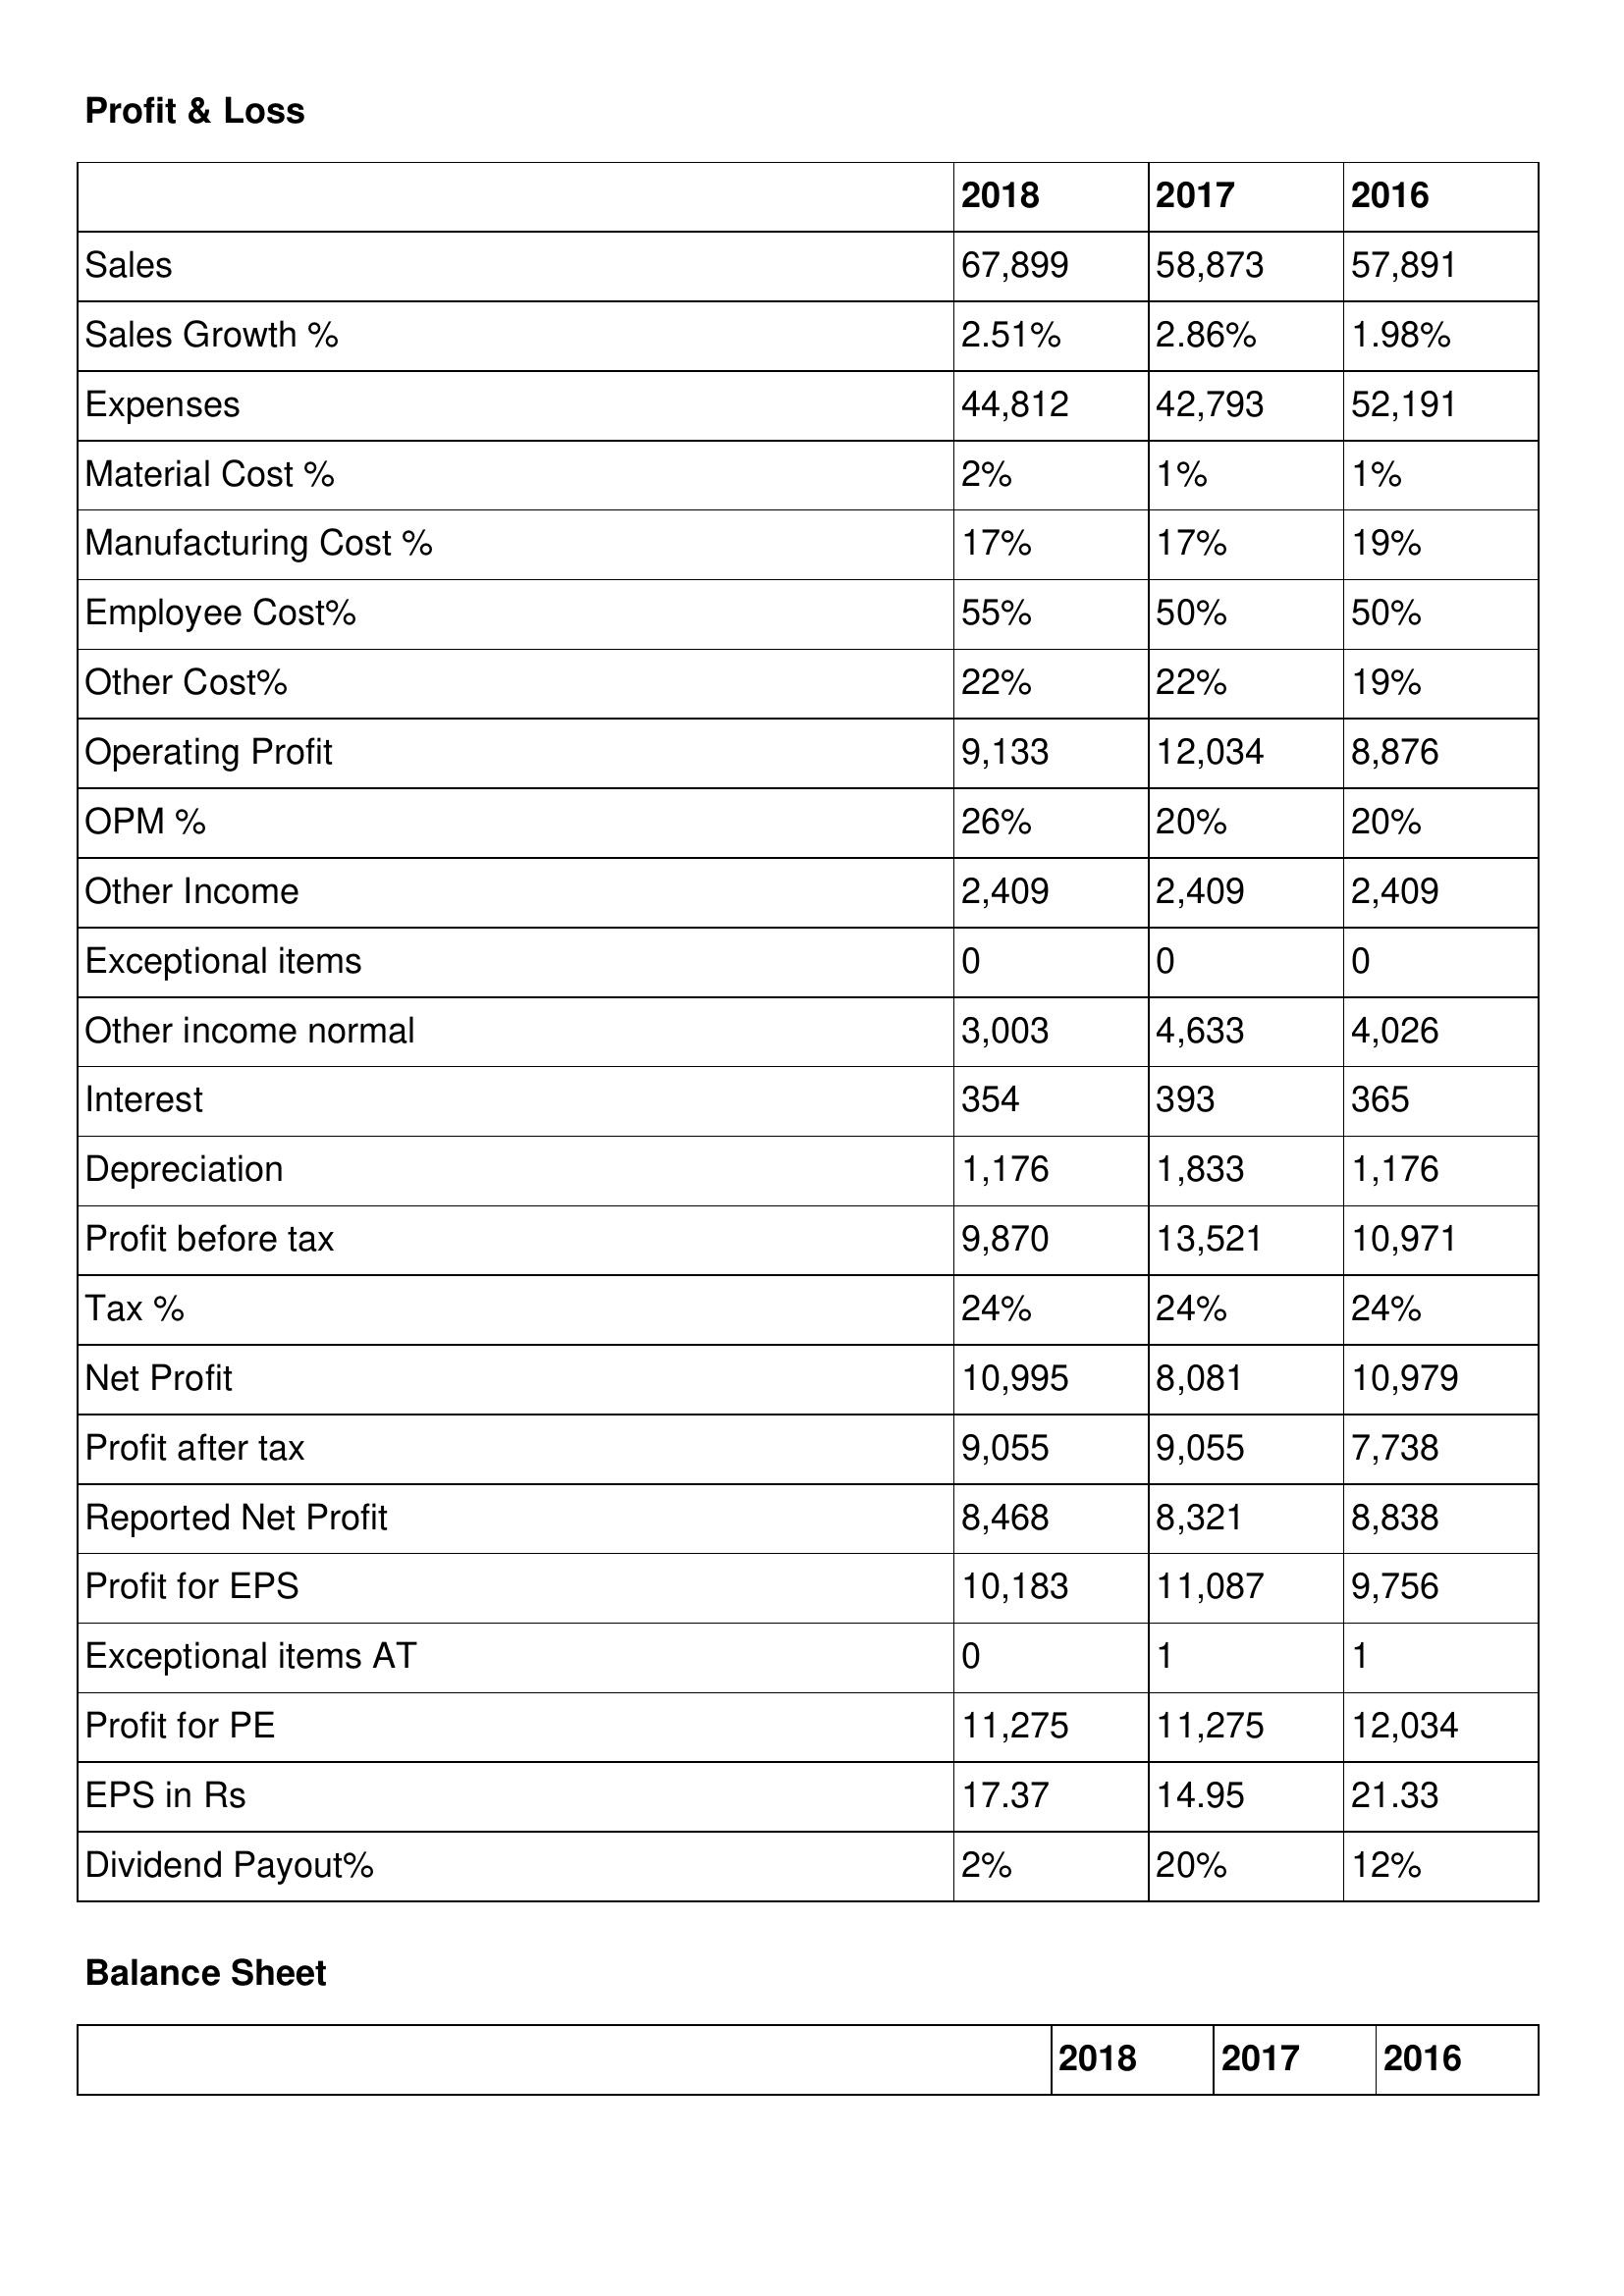
gt_parse: 2018: Profit & Loss: Sales: 67,899
Sales Growth %: 2.51%
Expenses: 44,812
Material Cost %: 2%
Manufacturing Cost %: 17%
Employee Cost%: 55%
Other Cost%: 22%
Operating Profit: 9,133
OPM %: 26%
Other Income: 2,409
Exceptional items: 0
Other income normal: 3,003
Interest: 354
Depreciation: 1,176
Profit before tax: 9,870
Tax %: 24%
Net Profit: 10,995
Profit after tax: 9,055
Reported Net Profit: 8,468
Profit for EPS: 10,183
Exceptional items AT: 0
Profit for PE: 11,275
EPS in Rs: 17.37
Dividend Payout%: 2%
2017: Profit & Loss: Sales: 58,873
Sales Growth %: 2.86%
Expenses: 42,793
Material Cost %: 1%
Manufacturing Cost %: 17%
Employee Cost%: 50%
Other Cost%: 22%
Operating Profit: 12,034
OPM %: 20%
Other Income: 2,409
Exceptional items: 0
Other income normal: 4,633
Interest: 393
Depreciation: 1,833
Profit before tax: 13,521
Tax %: 24%
Net Profit: 8,081
Profit after tax: 9,055
Reported Net Profit: 8,321
Profit for EPS: 11,087
Exceptional items AT: 1
Profit for PE: 11,275
EPS in Rs: 14.95
Dividend Payout%: 20%
2016: Profit & Loss: Sales: 57,891
Sales Growth %: 1.98%
Expenses: 52,191
Material Cost %: 1%
Manufacturing Cost %: 19%
Employee Cost%: 50%
Other Cost%: 19%
Operating Profit: 8,876
OPM %: 20%
Other Income: 2,409
Exceptional items: 0
Other income normal: 4,026
Interest: 365
Depreciation: 1,176
Profit before tax: 10,971
Tax %: 24%
Net Profit: 10,979
Profit after tax: 7,738
Reported Net Profit: 8,838
Profit for EPS: 9,756
Exceptional items AT: 1
Profit for PE: 12,034
EPS in Rs: 21.33
Dividend Payout%: 12%